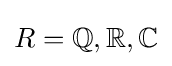
R=\mathbb {Q} ,\mathbb {R} ,\mathbb {C}